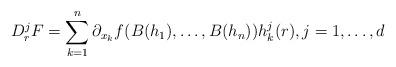
LaTeX: \begin{align*}D_r^j F=\sum_{k=1}^n \partial_{x_k} f(B(h_1),\ldots,B(h_n)) h^j_k(r),j=1,\ldots,d\end{align*}